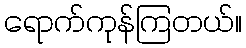
ရောက်ကုန်ကြတယ်။